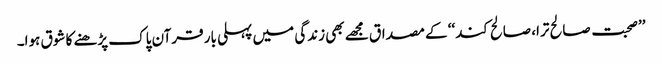
’’صحبت صالح ترا، صالح کند‘‘ کے مصداق مجھے بھی زندگی میں پہلی بار قرآن پاک پڑھنے کا شوق ہوا۔